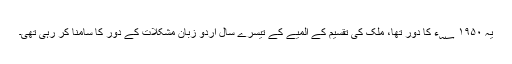
یہ ۱۹۵۰ ؁ء کا دور تھا، ملک کی تقسیم کے المیے کے تیسرے سال اُردو زبان مشکلات کے دور کا سامنا کر رہی تھی۔